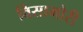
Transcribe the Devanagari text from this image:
विसामोरी